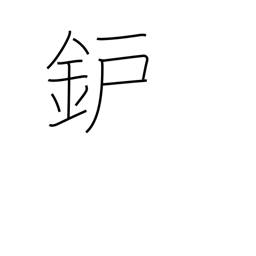
Meaning: hearth